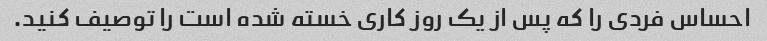
احساس فردی را که پس از یک روز کاری خسته شده است را توصیف کنید.